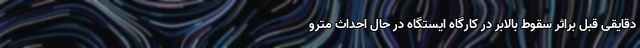
دقایقی قبل براثر سقوط بالابر در کارگاه ایستگاه در حال احداث مترو